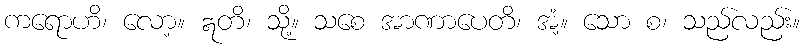
ကရောဟိ၊ လော့။ ဣတိ၊ သို့။ သစေ အာဏာပေတိ၊ အံ့။ သော စ၊ သည်လည်း။